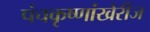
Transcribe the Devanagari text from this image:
पंचकृष्णांखेरीज